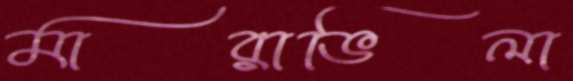
মারাভিলা